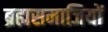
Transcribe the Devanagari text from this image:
ब्रह्मसमाजियों